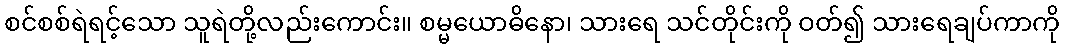
စင်စစ်ရဲရင့်သော သူရဲတို့လည်းကောင်း။ စမ္မယောဓိနော၊ သားရေ သင်တိုင်းကို ဝတ်၍ သားရေချပ်ကာကို